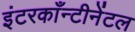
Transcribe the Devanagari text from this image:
इंटरकाँन्टीनेंटल